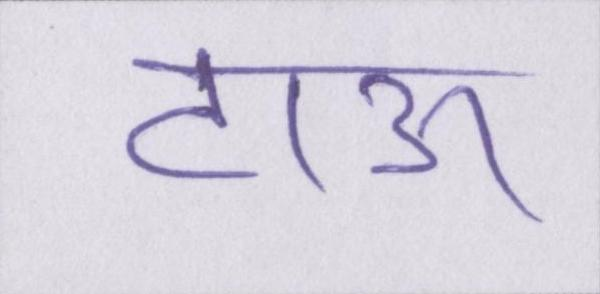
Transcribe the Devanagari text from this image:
टाऊ